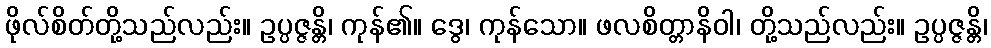
ဖိုလ်စိတ်တို့သည်လည်း။ ဥပ္ပဇ္ဇန္တိ၊ ကုန်၏။ ဒွေ၊ ကုန်သော။ ဖလစိတ္တာနိဝါ၊ တို့သည်လည်း။ ဥပ္ပဇ္ဇန္တိ၊